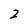
Character: 2